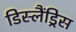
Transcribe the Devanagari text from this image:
डिस्लैंड्रिस